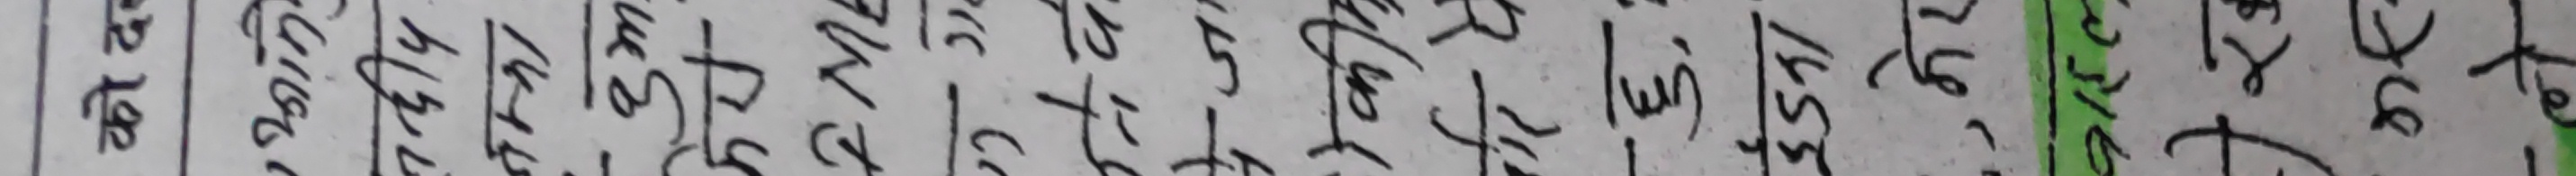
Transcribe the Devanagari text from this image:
पटे ठिक ठिक 1593 1459 (351) 1530 1459 135 1599 1715 121 2012 100 11